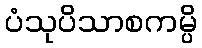
ပံသုပိသာစကမ္ပိ